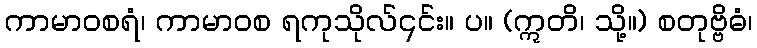
ကာမာဝစရံ၊ ကာမာဝစ ရကုသိုလ်၎င်း။ ပ။ (ဣတိ၊ သို့။) စတုဗ္ဗိဓံ၊